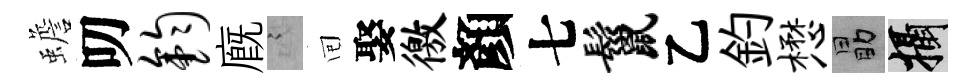
蟾叨钧廐謭囘娶徼顏七鬣乙釣懋勗攝